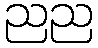
ညည